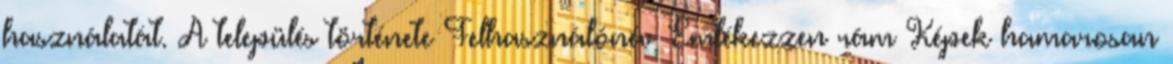
használatát. A település története Felhasználónév Emlékezzen rám Képek hamarosan